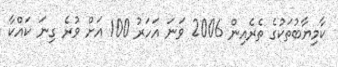
ކާމިޔާބުތަކުގެ ތެރެއިން 2006 ވަނަ އަހަރު 100 އަށް ވުރެ ގިނަ ކައްކާ